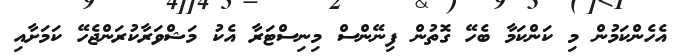
އެހެންކަމުން މި ކަންކަމާ ބެހޭ ގޮތުން ފިނޭންސް މިނިސްޓަރާ އެކު މަޝްވަރާކުރަންޖެހޭ ކަމަށާއި